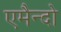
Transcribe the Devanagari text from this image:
एमैन्दो